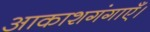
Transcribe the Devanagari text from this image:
आकाशगंगाएँ।